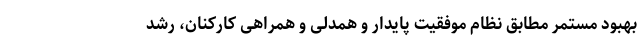
بهبود مستمر مطابق نظام موفقیت پایدار و همدلی و همراهی کارکنان، رشد